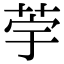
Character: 荢